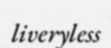
liveryless